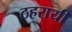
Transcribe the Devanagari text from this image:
ठहरायी